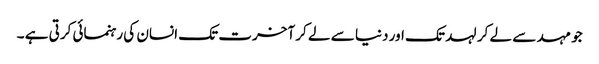
جو مہد سے لے کر لہد تک اور دنیا سے لے کر آخرت تک انسان کی رہنمائی کرتی ہے ۔